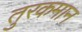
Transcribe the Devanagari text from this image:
तुरकमान